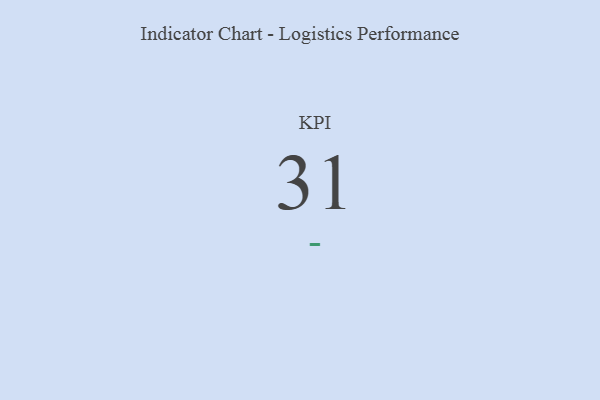
{"axis": {"x": "KPI", "y": "Value"}, "legend": [""], "data": [{"x": "KPI", "y": 31, "type": ""}]}